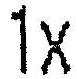
1X